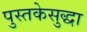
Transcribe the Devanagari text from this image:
पुस्तकेसुद्धा